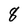
Character: 8